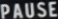
PAUSE